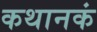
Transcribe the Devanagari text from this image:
कथानकं